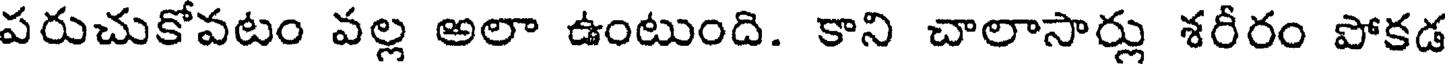
పరుచుకోవటం వల్ల అలా ఉంటుంది. కాని చాలాసార్లు శరీరం పోకడ